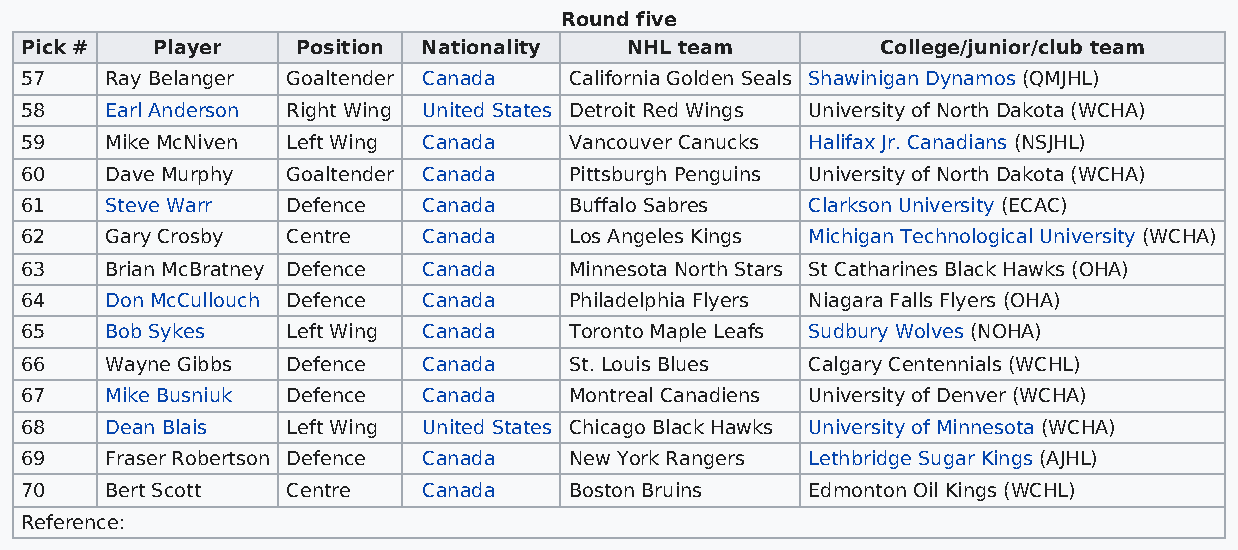
Round five
 Pick #   Player    Position Nationality  NHL team        College/junior/club team
 57    Ray Belanger Goaltender Canada California Golden Seals Shawinigan Dynamos (QMJHL)
 58    Earl Anderson Right Wing United States Detroit Red Wings University of North Dakota (WCHA)
 59    Mike McNiven Left Wing Canada  Vancouver Canucks Halifax Jr. Canadians (NSJHL)
 60    Dave Murphy Goaltender Canada  Pittsburgh Penguins University of North Dakota (WCHA)
 61    Steve Warr  Defence  Canada    Buffalo Sabres Clarkson University (ECAC)
 62    Gary Crosby Centre   Canada    Los Angeles Kings Michigan Technological University (WCHA)
 63    Brian McBratney Defence Canada Minnesota North Stars St Catharines Black Hawks (OHA)
 64    Don McCullouch Defence Canada  Philadelphia Flyers Niagara Falls Flyers (OHA)
 65    Bob Sykes   Left Wing Canada   Toronto Maple Leafs Sudbury Wolves (NOHA)
 66    Wayne Gibbs Defence  Canada    St. Louis Blues Calgary Centennials (WCHL)
 67    Mike Busniuk Defence Canada    Montreal Canadiens University of Denver (WCHA)
 68    Dean Blais  Left Wing United States Chicago Black Hawks University of Minnesota (WCHA)
 69    Fraser Robertson Defence Canada New York Rangers Lethbridge Sugar Kings (AJHL)
 70    Bert Scott  Centre   Canada    Boston Bruins  Edmonton Oil Kings (WCHL)
 Reference: